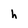
Character: h